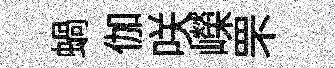
蝸伽咲嶸罘